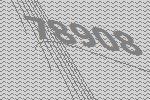
78908